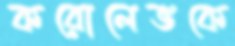
করোলেভকে